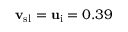
{ \bf v } _ { \mathrm { s l } } = { \bf u } _ { \mathrm { i } } = 0 . 3 9